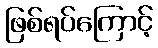
ဖြစ်ရပ်ကြောင့်